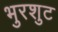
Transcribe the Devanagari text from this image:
भुरशुट